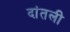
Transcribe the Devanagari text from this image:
दांतली